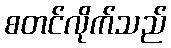
စတင်လိုက်သည်